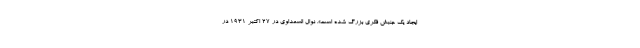
ایجاد یک جنبش فکری بزرگ شده است». نوال السعداوی در ۲۷ اکتبر ۱۹۳۱ در